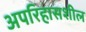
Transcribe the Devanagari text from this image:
अपरिहासशील